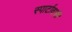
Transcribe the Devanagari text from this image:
स्पार्टावासी